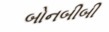
બોનબીબી